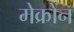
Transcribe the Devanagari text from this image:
मेक्रोंन